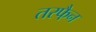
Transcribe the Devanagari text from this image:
तरफै़न